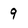
Character: 9